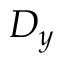
D _ { y }